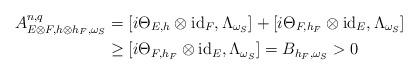
LaTeX: \begin{align*} A^{n,q}_{E\otimes F,h\otimes h_F,\omega_S}&=[i\Theta_{E,h}\otimes\mathrm{id}_F,\Lambda_{\omega_S}]+[i\Theta_{F,h_F}\otimes\mathrm{id}_E,\Lambda_{\omega_S}]\\ &\geq [i\Theta_{F,h_F}\otimes\mathrm{id}_E,\Lambda_{\omega_S}]=B_{h_F,\omega_S}>0 \end{align*}